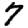
Digit: 7